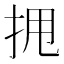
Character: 𫝺